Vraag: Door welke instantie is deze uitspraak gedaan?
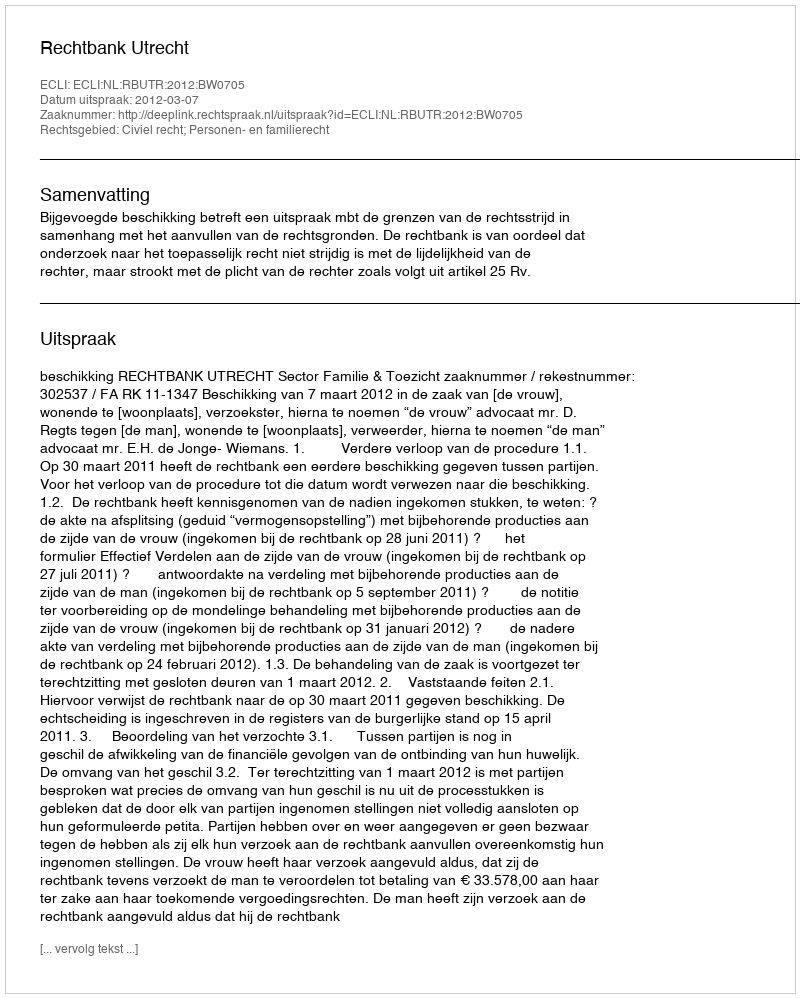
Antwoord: Rechtbank Utrecht